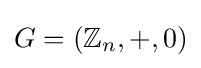
G=(\mathbb {Z} _{n},+,0)